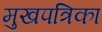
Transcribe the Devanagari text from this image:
मुखपत्रिका